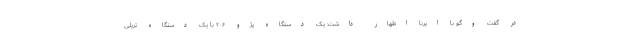
در گفت وگو با ایرنا اظهار داشت: یک دستگاه پژو ۲۰۶ با یک دستگاه تریلی